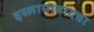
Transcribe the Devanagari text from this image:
इस्लामाबादचा